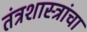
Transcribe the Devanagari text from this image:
तंत्रशास्त्रांचा